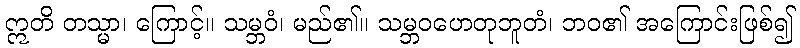
ဣတိ တသ္မာ၊ ကြောင့်။ သမ္ဘဝံ၊ မည်၏။ သမ္ဘဝဟေတုဘူတံ၊ ဘဝ၏ အကြောင်းဖြစ်၍